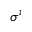
\sigma ^ { i }